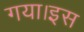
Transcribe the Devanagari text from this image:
गया।इस